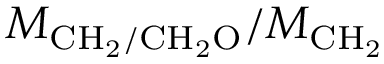
M _ { \mathrm { C H _ { 2 } / C H _ { 2 } O } } / M _ { \mathrm { C H _ { 2 } } }